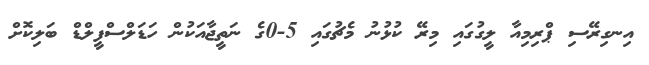
އިނގިރޭސި ޕްރިމިއާ ލީގުގައި މިރޭ ކުޅުނު މެޗުގައި 5-0ގެ ނަތީޖާއަކުން ހަޑަލްސްފީލްޑް ބަލިކޮށް